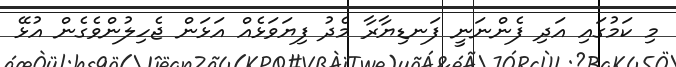
މި ކަމުގައި އަދި ފެންނަނީ ފަނޑިޔާރާ މެދު ފިޔަވަޅެއް އަޅަން ޖެހިލުންވެގެން އުޅޭ